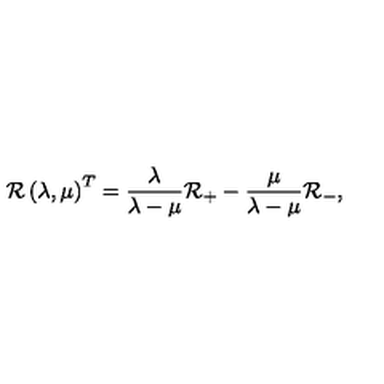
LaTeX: { \cal R } \left( \lambda , \mu \right) ^ { T } = \frac \lambda { \lambda - \mu } { \cal R } _ { + } - \frac \mu { \lambda - \mu } { \cal R } _ { - } ,